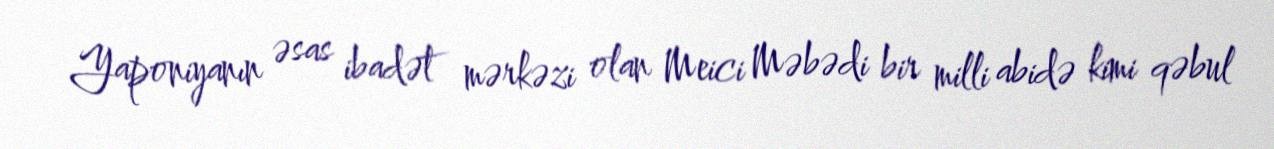
Yaponiyanın əsas ibadət mərkəzi olan Meici Məbədi bir milli abidə kimi qəbul